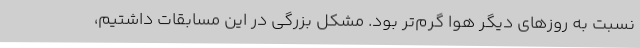
نسبت به روزهای دیگر هوا گرم‌تر بود. مشکل بزرگی در این مسابقات داشتیم،